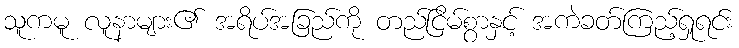
သူကမူ လူနာများ၏ အရိပ်အခြည်ကို တည်ငြိမ်စွာနှင့် အကဲခတ်ကြည့်ရှုရင်း